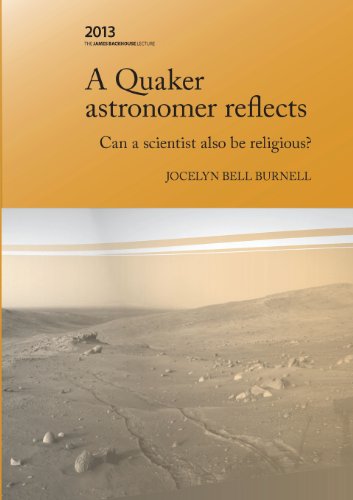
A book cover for A Quaker Astonomer Reflects: can a scientist also be religious? (The James Backhouse Lectures) (Volume 23); Jocelyn Bell Burnell; Christian Books & Bibles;